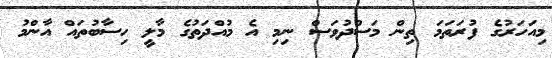
މިއަހަރުގެ ފުރަތަމަ ތިން މަސްދުވަސް ނިމި އެ މުއްދަތުގެ މާލީ ހިސާބުތައް އާންމު